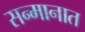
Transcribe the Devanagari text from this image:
सन्मानात